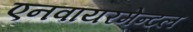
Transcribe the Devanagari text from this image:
एनवायरमेन्टल